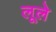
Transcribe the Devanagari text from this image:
लूले